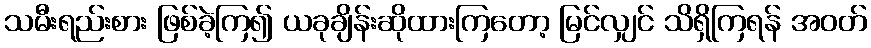
သမီးရည်းစား ဖြစ်ခဲ့ကြ၍ ယခုချိန်းဆိုထားကြတော့ မြင်လျှင် သိရှိကြရန် အဝတ်